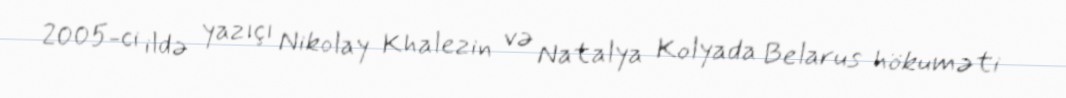
2005-ci ildə yazıçı Nikolay Khalezin və Natalya Kolyada Belarus hökuməti